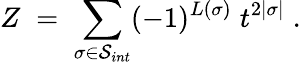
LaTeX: Z\; =\; \sum_{\sigma\in{\cal S}_{int}}(-1)^{L(\sigma)}\; t^{2|\sigma|}\; .